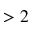
> 2